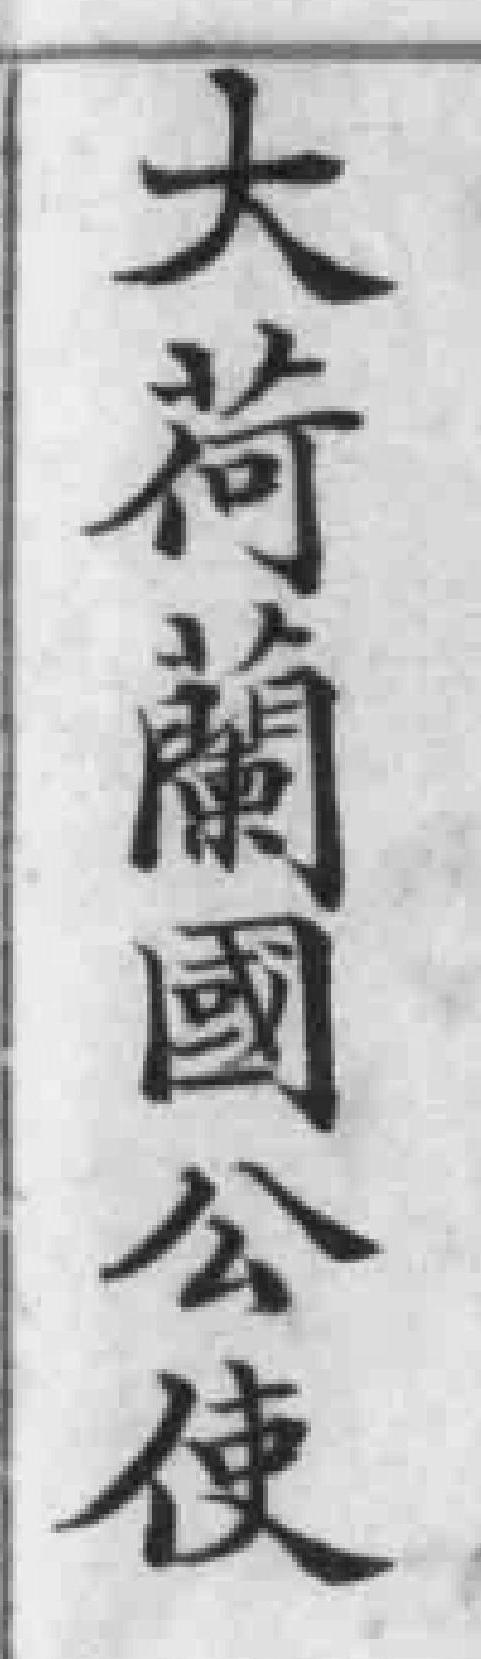
大荷蘭國公使